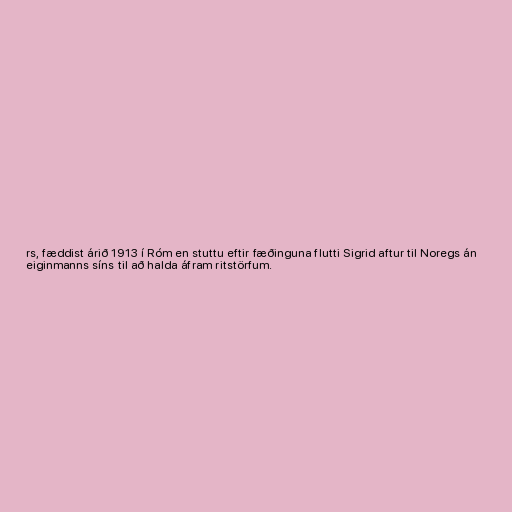
rs, fæddist árið 1913 í Róm en stuttu eftir fæðinguna flutti Sigrid aftur til Noregs án
eiginmanns síns til að halda áfram ritstörfum.